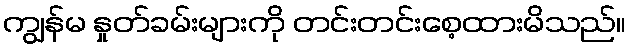
ကျွန်မ နှုတ်ခမ်းများကို တင်းတင်းစေ့ထားမိသည်။